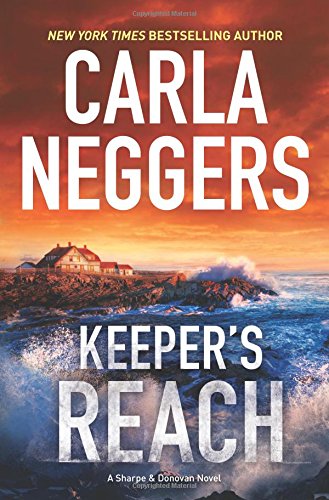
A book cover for Keeper's Reach (Sharpe & Donovan); Carla Neggers; Romance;